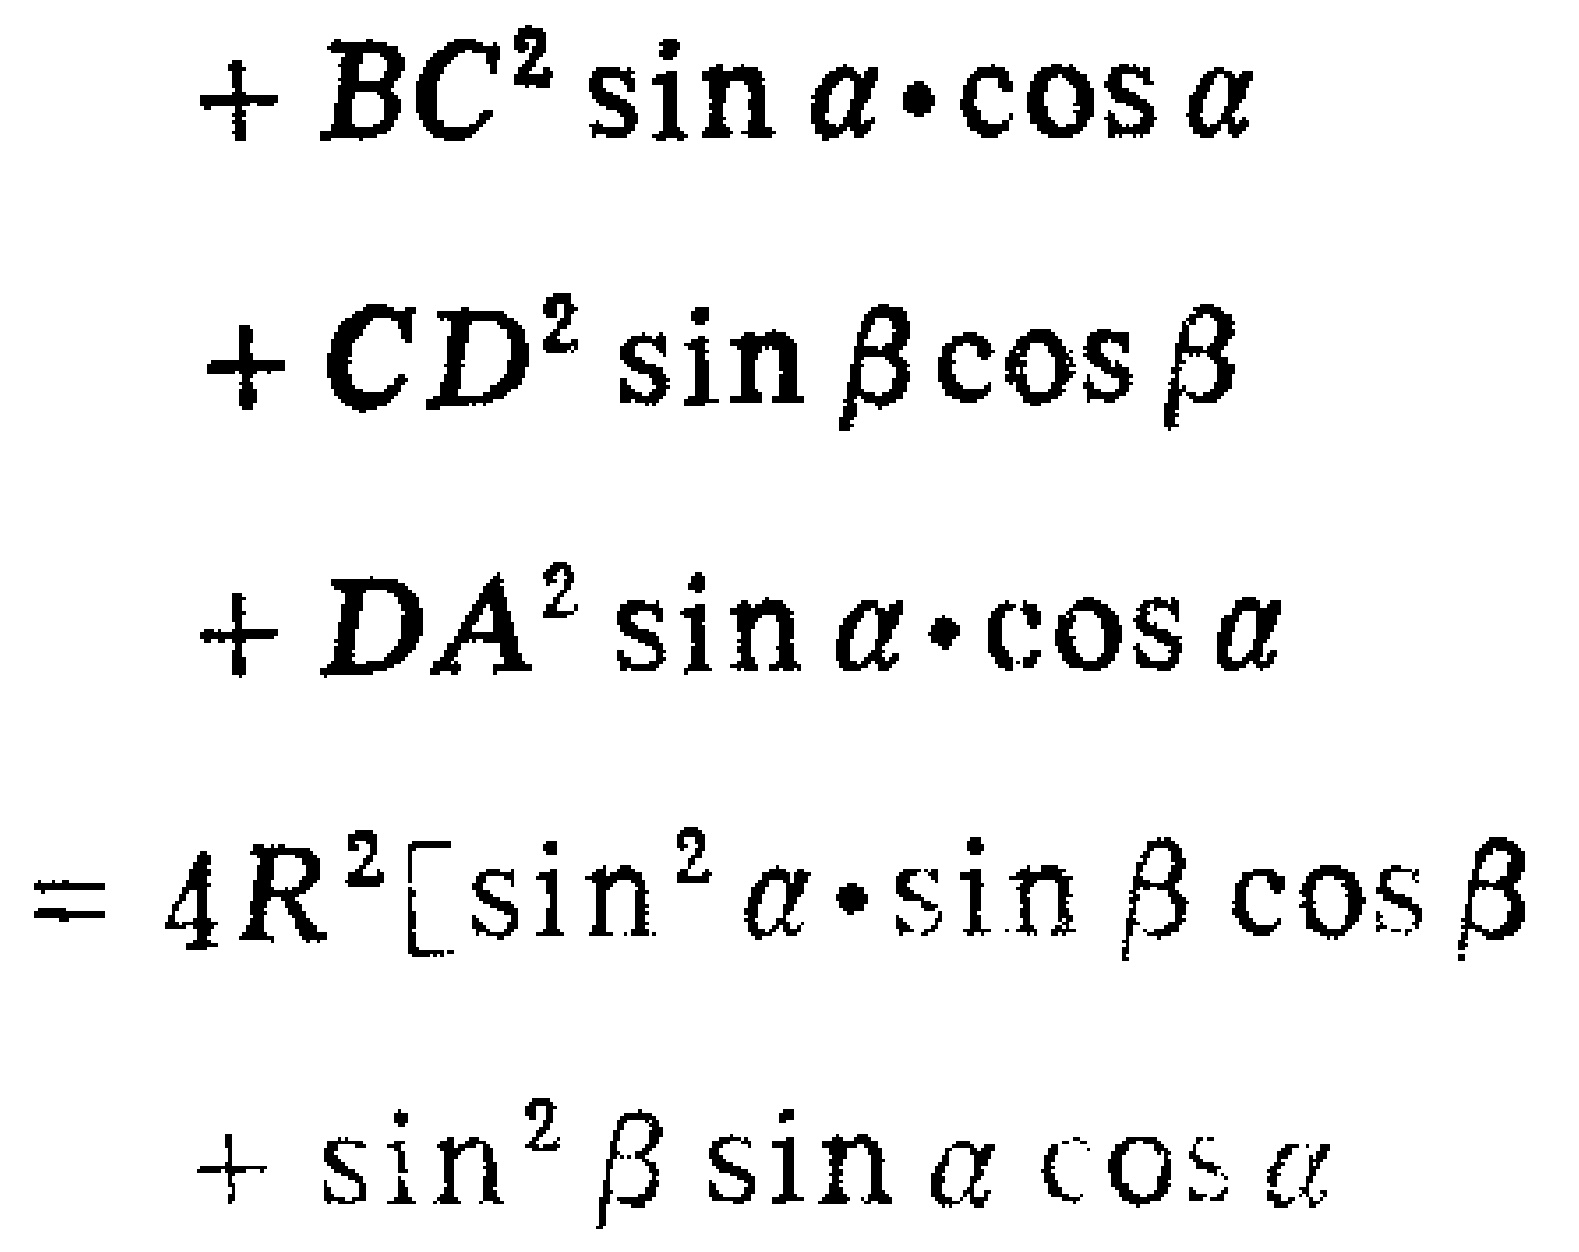
\begin{align*}
&+BC^{2}\sin\alpha\cdot\cos\alpha\\
&+CD^{2}\sin\beta\cos\beta\\
&+DA^{2}\sin\alpha\cdot\cos\alpha\\
=&4R^{2}[\sin^{2}\alpha\cdot\sin\beta\cos\beta\\
&+\sin^{2}\beta\sin\alpha\cos\alpha]
\end{align*}